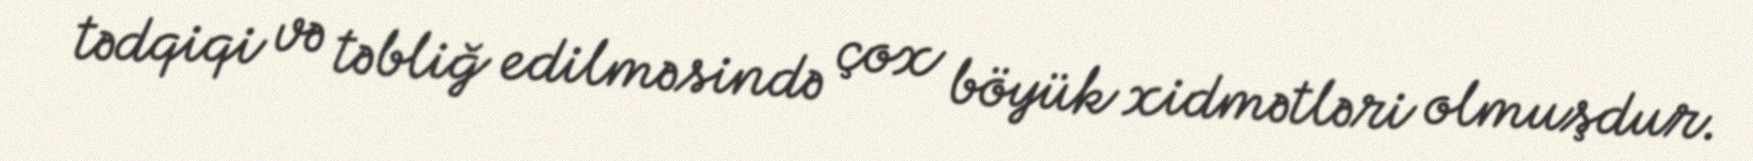
tədqiqi və təbliğ edilməsində çox böyük xidmətləri olmuşdur.